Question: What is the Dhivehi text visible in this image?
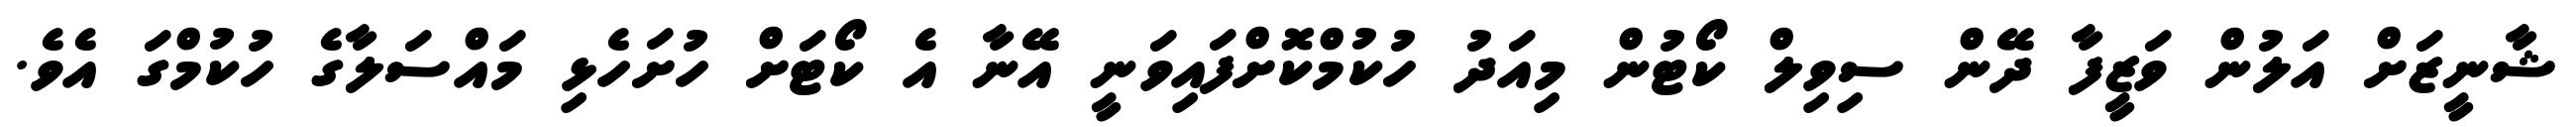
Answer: ޝާނީޒަށް އަލުން ވަޒީފާ ދޭން ސިވިލް ކޯޓުން މިއަދު ހުކުމްކޮށްފައިވަނީ އޭނާ އެ ކޯޓަށް ހުށަހެޅި މައްސަލާގެ ހުކުމްގަ އެވެ.